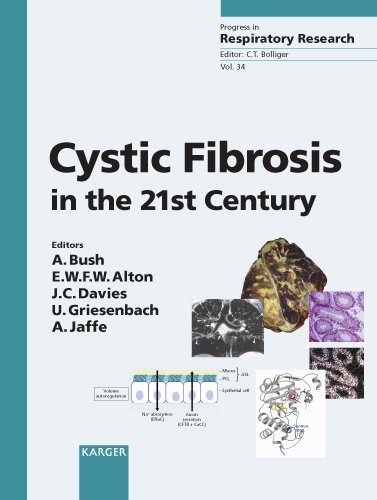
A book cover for Cystic Fibrosis in the 21st Century (Progress in Respiratory Research, Vol. 34); Health, Fitness & Dieting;